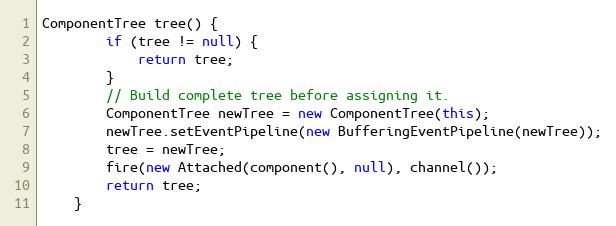
Language: Java
ComponentTree tree() {
        if (tree != null) {
            return tree;
        }
        // Build complete tree before assigning it.
        ComponentTree newTree = new ComponentTree(this);
        newTree.setEventPipeline(new BufferingEventPipeline(newTree));
        tree = newTree;
        fire(new Attached(component(), null), channel());
        return tree;
    }